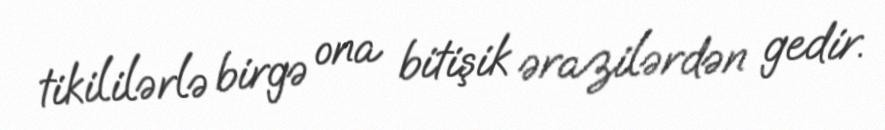
tikililərlə birgə ona bitişik ərazilərdən gedir.